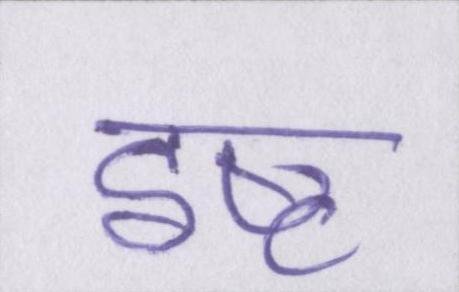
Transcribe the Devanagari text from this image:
इष्ट